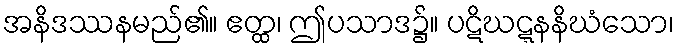
အနိဒဿနမည်၏။ ဧတ္ထ၊ ဤပသာဒ၌။ ပဋိဃဋ္ဋနနိဃံသော၊